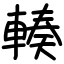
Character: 輳